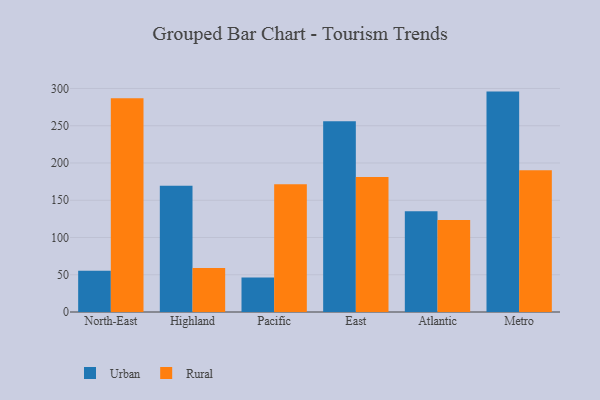
{"axis": {"x": "Region", "y": "Energy Usage (MWh)"}, "legend": ["Rural", "Urban"], "data": [{"x": "North-East", "y": 55.5, "type": "Urban"}, {"x": "North-East", "y": 287.0, "type": "Rural"}, {"x": "Highland", "y": 169.4, "type": "Urban"}, {"x": "Highland", "y": 59.1, "type": "Rural"}, {"x": "Pacific", "y": 46.3, "type": "Urban"}, {"x": "Pacific", "y": 171.3, "type": "Rural"}, {"x": "East", "y": 256.0, "type": "Urban"}, {"x": "East", "y": 181.2, "type": "Rural"}, {"x": "Atlantic", "y": 135.2, "type": "Urban"}, {"x": "Atlantic", "y": 123.5, "type": "Rural"}, {"x": "Metro", "y": 295.8, "type": "Urban"}, {"x": "Metro", "y": 190.4, "type": "Rural"}]}